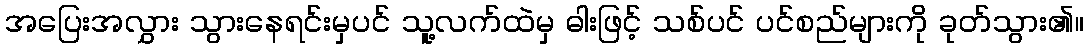
အပြေးအလွှား သွားနေရင်းမှပင် သူ့လက်ထဲမှ ဓါးဖြင့် သစ်ပင် ပင်စည်များကို ခုတ်သွား၏။